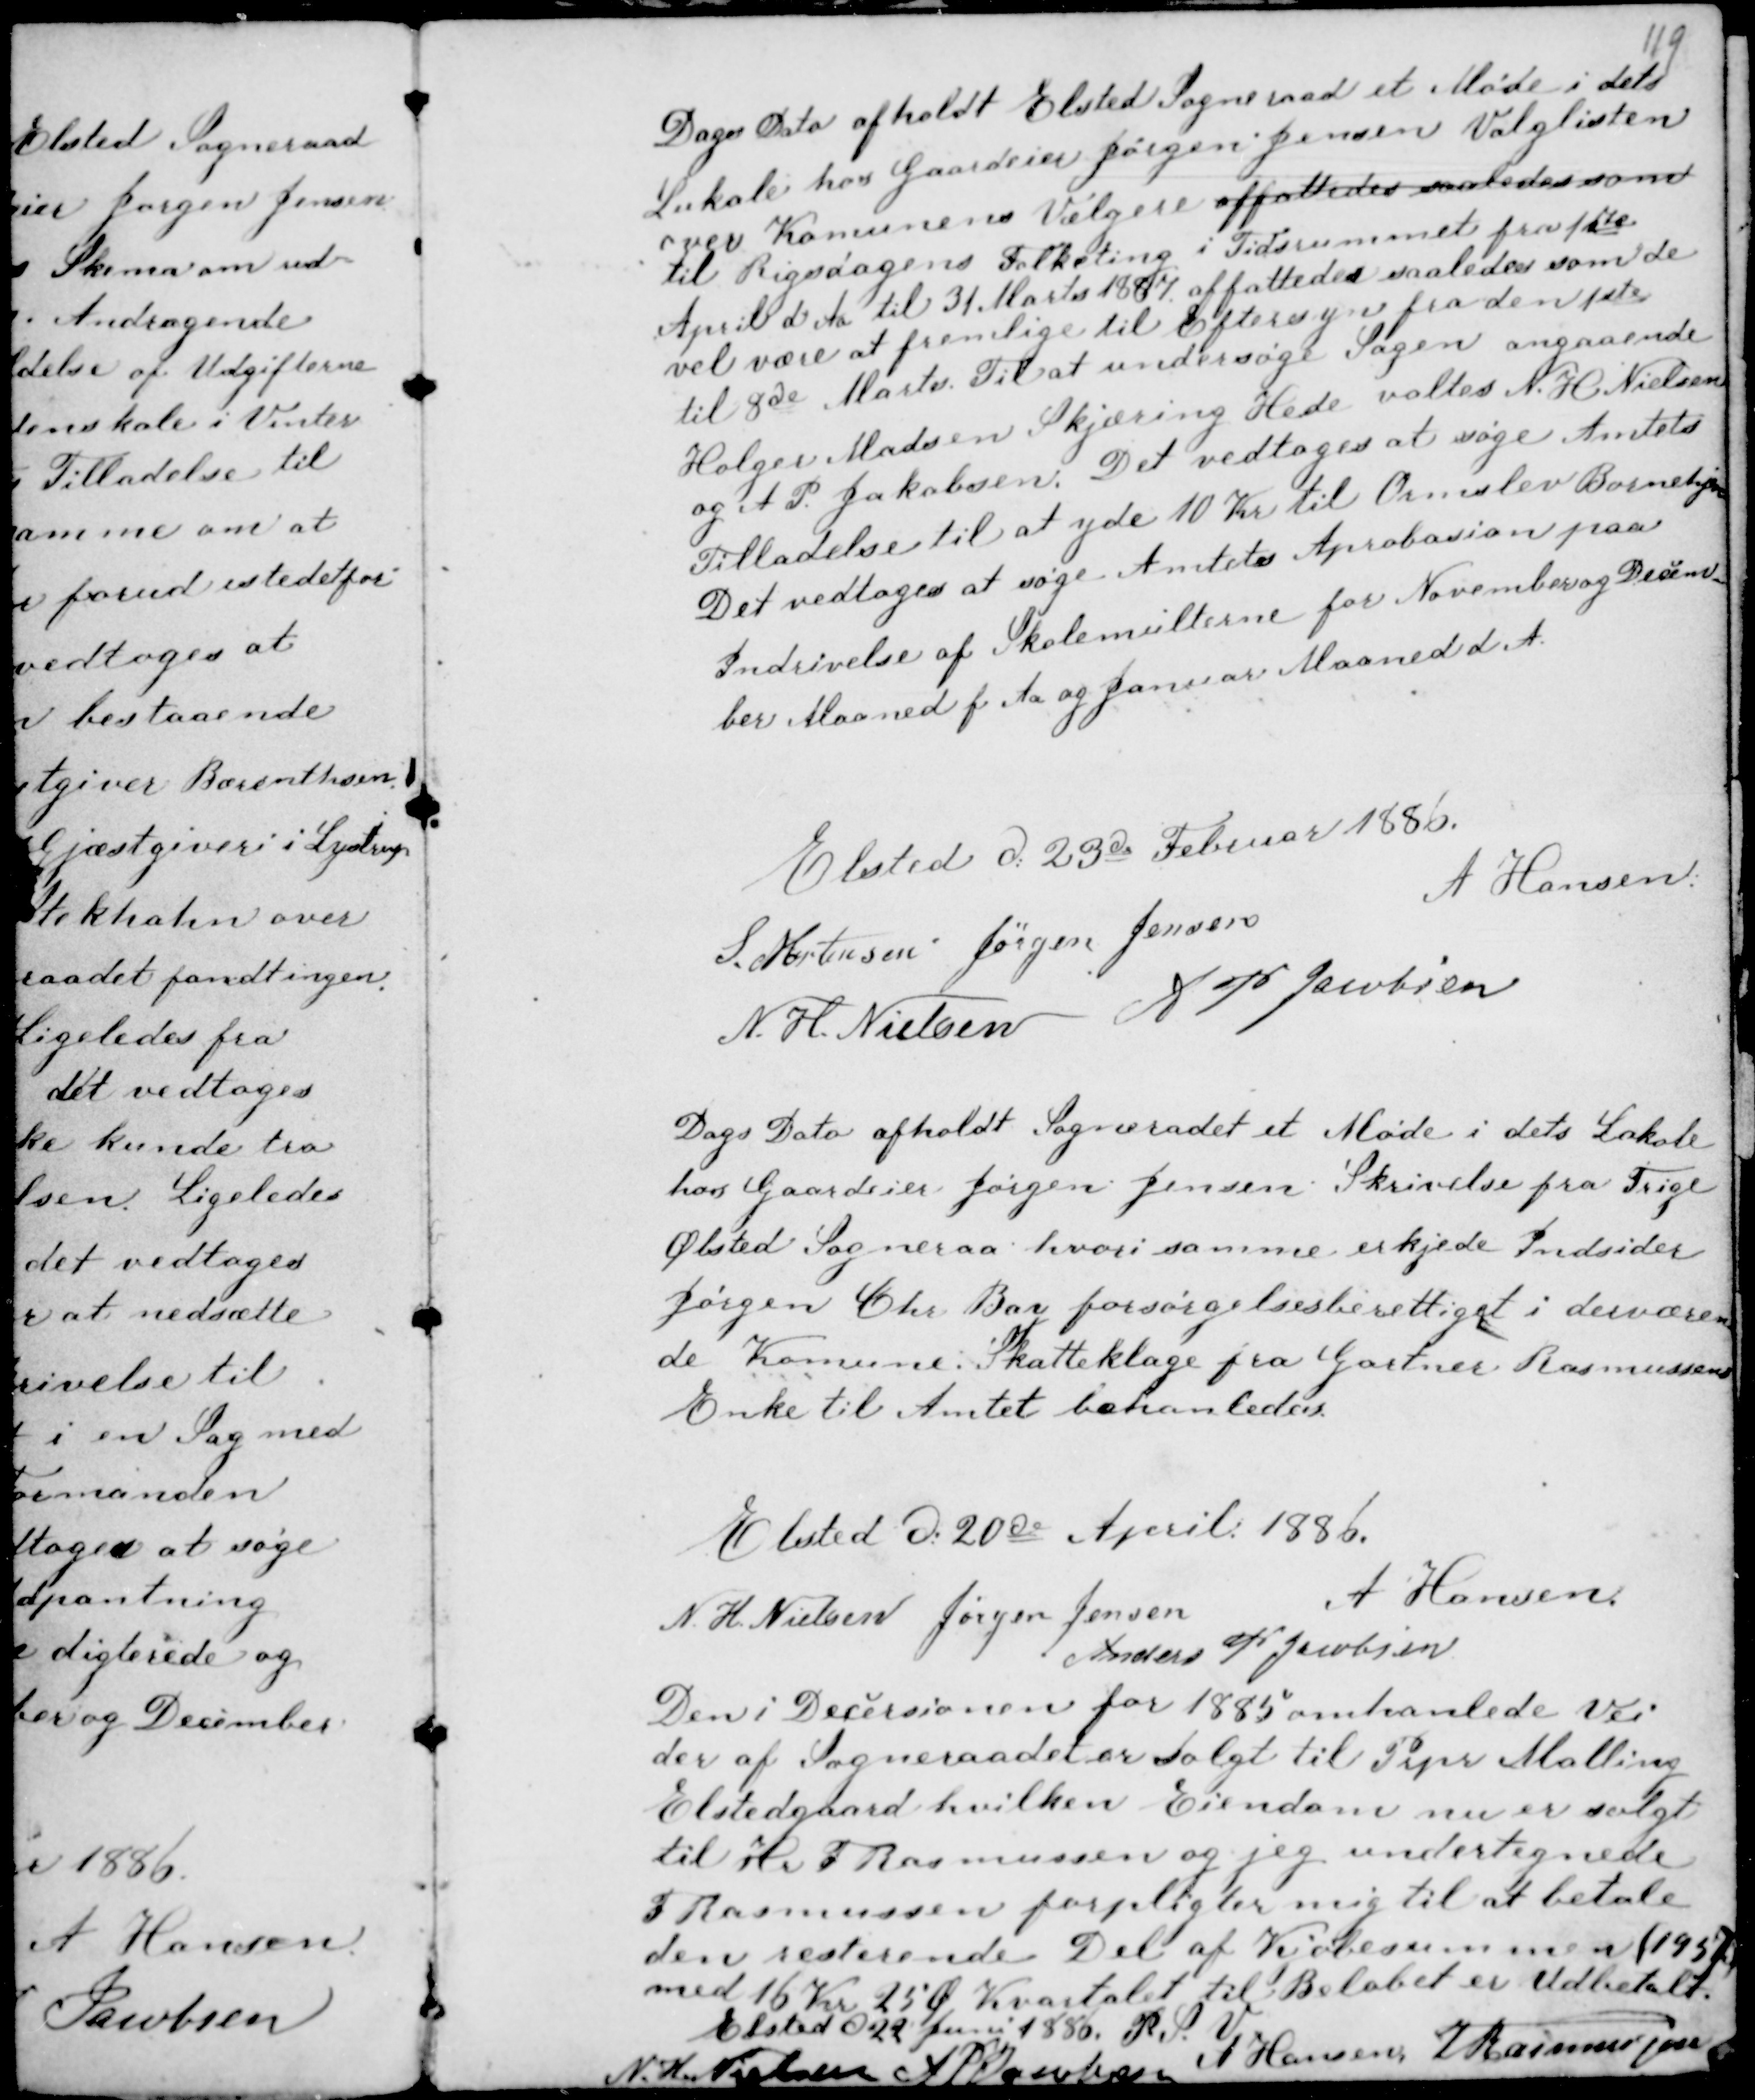
Transskription:
Dags Dato afholdt Elsted Sogneraad et Møde i dets
Lokale hos Gaardeier Jørgen Jensen Valglisten
over Kommunens Vælgere affattedes saaledes samt
til Rigsdagens Folketing i Tidsrummet fra 1ste
April d Aa til 31. Marts 1887 affattedes saaledes som de
vel være at fremlige til Eftersyn fra den 1ste
til 8de Marts. Til at undersøge Sagen angaaende
Holger Madsen Skjæring Hede valtes N. H Nielsen
og A P. Jakobsen. Det vedtoges at søge Amtets
Tilladelse til at yde 10 Kr til Ormslev Børnehjem
Det vedtoges at søge Amtets Approbasion paa
Indrivelse af Skolemulterne for November og Decem
ber Maaned f Aa og Januar Maaned d A.

Elsted d 23de Februar 1886.
S. Mortensen Jørgen Jensen
A Hansen.
N. H. Nielsen
A P Jacobsen

Dags Dato afholdt Sogneraadet Møde i dets Lokale
hos Gaardeier Jørgen Jensen. Skrivelse fra Trige
Ølsted Sogneraa hvori samme erkjede Indsider
Jørgen Chr Bay forsørgelsesberettiget i derværen
de Komune : Skatteklage fra Gartner Rasmussens
Enke til Amtet behanledes.

Elsted d. 20de April 1886.
N. H. Nielsen Jørgen Jensen
A Hansen.
Anders P Jacobsen

Den i Decersionen for 1885 omhanlede Vei
der af Sogneraadet er solgt til Prpr Malling
Elstedgaard hvilken Eiendom nu er solgt
til F Rasmussen og jeg undertegnede
F Rasmussen forpligter mig til at betale
den resterende Del af Kjøbesummen (195)
med 16 Kr 25 Ø Kvartalet til Beløbet er Udbetalt.
Elsted d 22 Juni 1886. P. S. V
N. H Nielsen
A P Jacobsen
A Hansen F Rasmussen